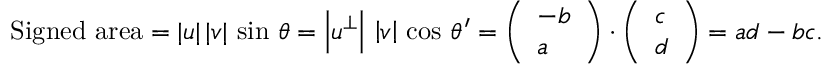
{ \mathrm { S i g n e d ~ a r e a } } = | { \boldsymbol { u } } | \, | { \boldsymbol { v } } | \, \sin \, \theta = \left| { \boldsymbol { u } } ^ { \perp } \right| \, \left| { \boldsymbol { v } } \right| \, \cos \, \theta ^ { \prime } = { \left( \begin{array} { l } { - b } \\ { a } \end{array} \right) } \cdot { \left( \begin{array} { l } { c } \\ { d } \end{array} \right) } = a d - b c .